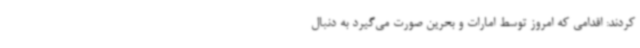
کردند: اقدامی که امروز توسط امارات و بحرین صورت می‌گیرد به دنبال